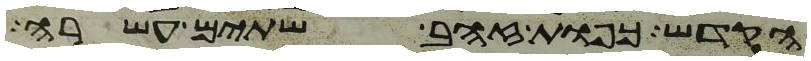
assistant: הקדש כפות זהב שתים עשרה